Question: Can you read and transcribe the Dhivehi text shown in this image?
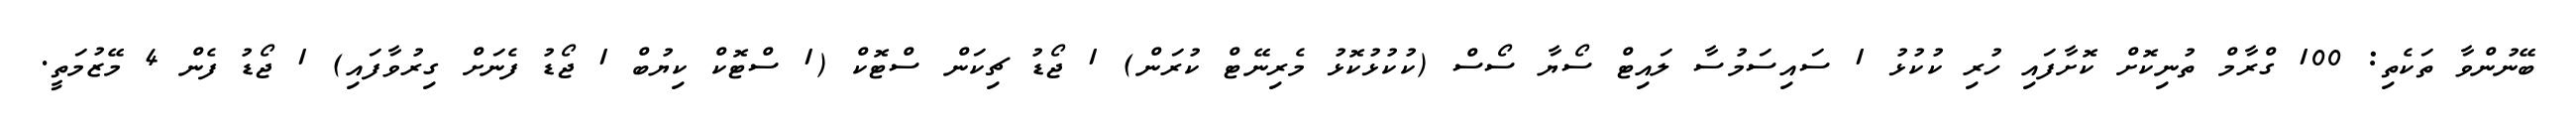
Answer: ބޭނުންވާ ތަކެތި: 100 ގްރާމް ތުނިކޮށް ކޮށާފައި ހުރި ކުކުޅު 1 ސައިސަމުސާ ލައިޓް ސޯޔާ ސޯސް (ކުކުޅުކޮޅު މެރިނޭޓް ކުރަން) 1 ޖޯޑު ޗިކަން ސްޓޮކް (1 ސްޓޮކް ކިޔުބް 1 ޖޯޑު ފެނަށް ގިރުވާފައި) 1 ޖޯޑު ފެން 4 މޭޒުމަތީ.